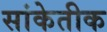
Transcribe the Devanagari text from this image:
सांकेतीक